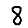
Digit: 8